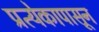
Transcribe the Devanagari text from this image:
प्रत्येकापासून